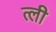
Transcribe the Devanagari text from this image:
त्ली